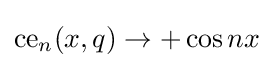
{\text{ce}}_{n}(x,q)\rightarrow +\cos nx